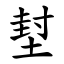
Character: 堼